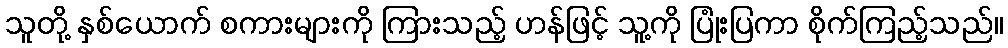
သူတို့ နှစ်ယောက် စကားများကို ကြားသည့် ဟန်ဖြင့် သူ့ကို ပြုံးပြကာ စိုက်ကြည့်သည်။